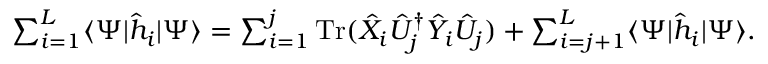
\textstyle \sum _ { i = 1 } ^ { L } \langle \Psi | \hat { h } _ { i } | \Psi \rangle = \sum _ { i = 1 } ^ { j } \operatorname { T r } ( \hat { X } _ { i } \hat { U } _ { j } ^ { \dag } \hat { Y } _ { i } \hat { U } _ { j } ) + \sum _ { i = j + 1 } ^ { L } \langle \Psi | \hat { h } _ { i } | \Psi \rangle .